Annual returns of the Patna Lunatic Asylum at Bankipore in Bihar and Orissa - 1912-1924
Year: 1912
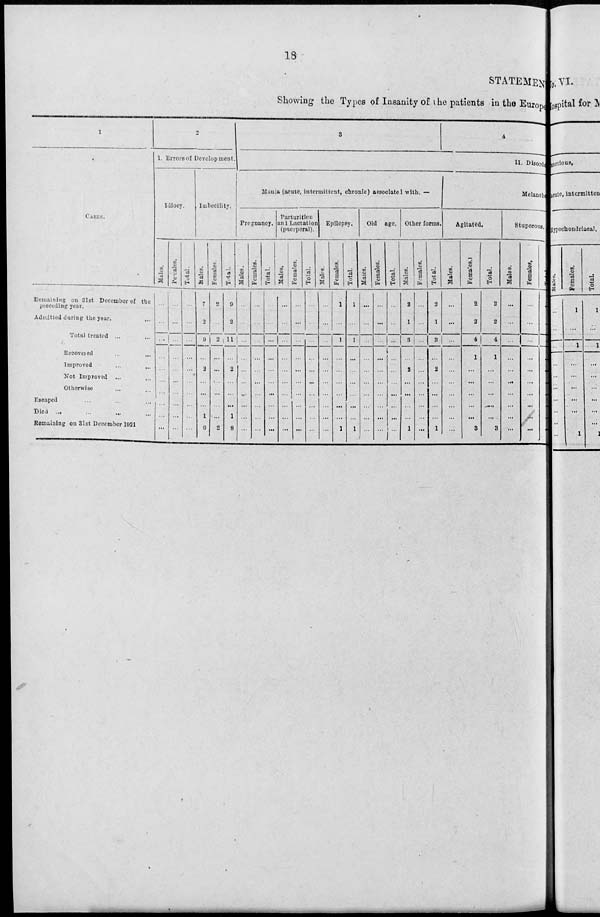
18
STATEMENT
Showing the Types of Insanity of the patients in the Europe
1
CASES.
Remaining on 31st December of the
preceding year.
Admitted during the year.
Total treated ... ...
Recovered ... ...
Improved ... ...
Not Improved ... ...
Otherwise ... ...
Escaped ... ...
Died ... ...
Remaining on 31st December 1921
2
1. Errors of Development.
Idiocy.
Males.
...
...
...
...
...
...
...
...
...
...
Females.
...
...
...
...
...
...
...
...
...
...
Total.
...
...
...
...
.. .
...
...
...
...
...
Imbecility.
Males.
7
2
9
...
2
...
...
...
1
6
Females.
2
...
2
...
...
...
...
...
...
2
Total.
9
2
11
...
2
...
...
...
1
8
3
4
II. Disorde
Mania (acute, intermittent, chronic) associated with. —
Pregnancy.
Males.
...
...
...
...
...
...
...
...
...
...
Females.
...
...
...
...
...
...
...
...
...
...
Total.
...
...
...
...
...
...
...
...
...
...
Parturition
anl Lactation
(puerperal).
Males,
...
...
...
...
...
...
...
...
...
...
Females.
...
...
...
...
...
...
...
...
. ..
...
Total.
...
...
...
...
...
...
...
...
...
...
Epilepsy.
Males.
...
...
...
...
...
...
...
...
...
...
Females.
1
...
1
...
...
...
...
...
...
1
Total.
1
...
1
...
...
...
...
...
...
1
Old age,
Males.
...
...
...
...
...
...
...
...
...
...
Females.
...
...
...
...
...
...
...
...
...
...
Total.
...
...
...
...
...
...
...
...
...
...
Other forms.
Males.
2
1
3
...
2
...
...
...
...
1
Females.
...
...
...
...
...
...
...
...
...
...
Total.
2
1
3
...
2
...
...
...
...
1
Melancho
Agitated.
Males.
...
...
...
...
...
...
...
...
...
...
Females.
2
2
4
1
...
...
...
...
...
3
Total.
2
2
4
1
...
...
...
...
...
3
Stuporous,
Males.
...
...
...
...
...
...
...
...
...
...
Females.
...
...
...
...
...
...
...
...
...
...
Total.
...
...
...
...
...
...
...
...
...
...